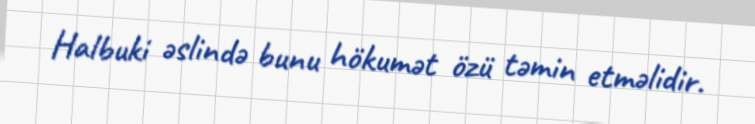
Halbuki əslində bunu hökumət özü təmin etməlidir.